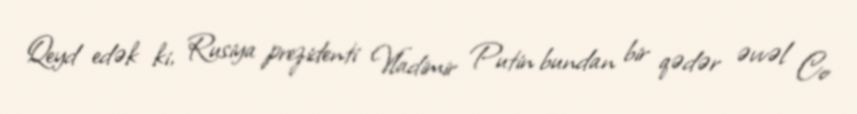
Qeyd edək ki, Rusiya prezidenti Vladimir Putin bundan bir qədər əvvəl Co